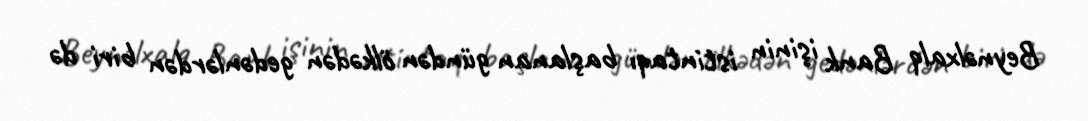
Beynəlxalq Bank işinin istintaqı başlanan gündən ölkədən gedənlərdən biri də